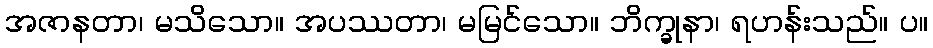
အဇာနတာ၊ မသိသော။ အပဿတာ၊ မမြင်သော။ ဘိက္ခုနာ၊ ရဟန်းသည်။ ပ။